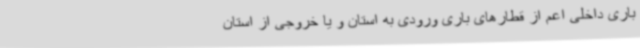
باری داخلی اعم از قطارهای باری ورودی به استان و یا خروجی از استان